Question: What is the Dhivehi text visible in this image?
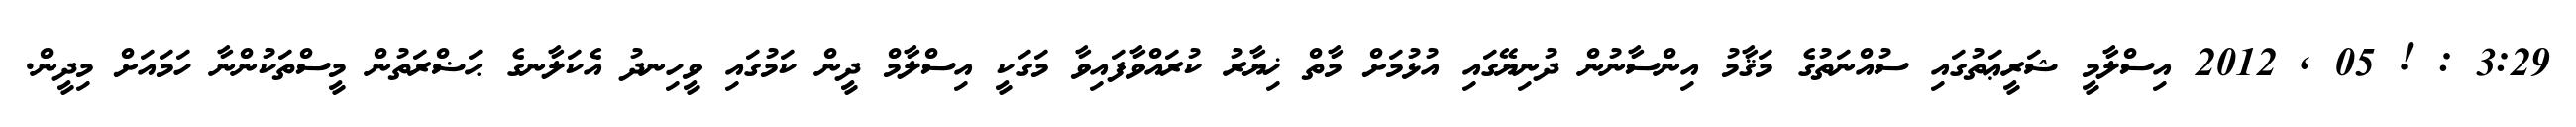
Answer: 3:29 : ! 05 , 2012 އިސްލާމީ ޝަރީޢަތުގައި ސުއްނަތުގެ މަޤާމު އިންސާނުން ދުނިޔޭގައި އުޅުމަށް މާތް ޚިޔާރު ކުރައްވާފައިވާ މަގަކީ އިސްލާމް ދީން ކަމުގައި ވީހިނދު އެކަލާނގެ ޙަޟްރަތުން މީސްތަކުންނާ ހަމައަށް މިދީން.